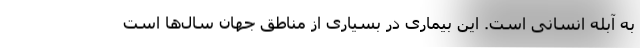
به آبله انسانی است. این بیماری در بسیاری از مناطق جهان سال‌ها است